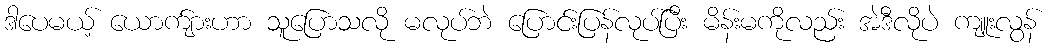
ဒါပေမယ့် ယောက်ျားဟာ သူပြောသလို မလုပ်ဘဲ ပြောင်းပြန်လုပ်ပြီး မိန်းမကိုလည်း အဲဒီလိုပဲ ကျူးလွန်